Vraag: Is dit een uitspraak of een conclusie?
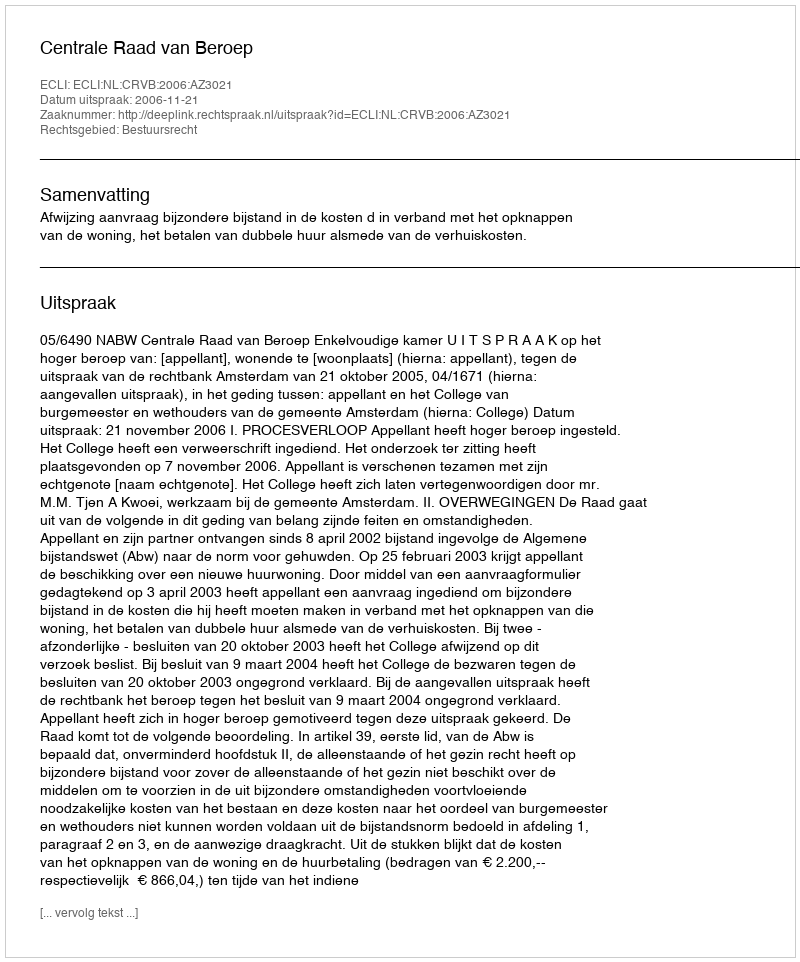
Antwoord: Uitspraak